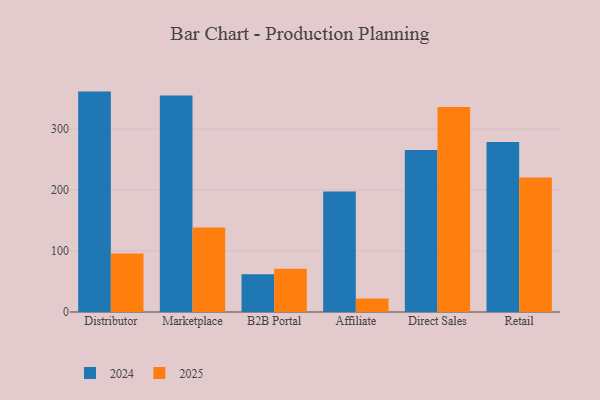
{"axis": {"x": "Channel", "y": "Customer Acquisition Cost (USD)"}, "legend": ["2024", "2025"], "data": [{"x": "Distributor", "y": 361.4, "type": "2024"}, {"x": "Distributor", "y": 96.1, "type": "2025"}, {"x": "Marketplace", "y": 355.2, "type": "2024"}, {"x": "Marketplace", "y": 138.5, "type": "2025"}, {"x": "B2B Portal", "y": 61.8, "type": "2024"}, {"x": "B2B Portal", "y": 71.1, "type": "2025"}, {"x": "Affiliate", "y": 197.5, "type": "2024"}, {"x": "Affiliate", "y": 22.2, "type": "2025"}, {"x": "Direct Sales", "y": 265.8, "type": "2024"}, {"x": "Direct Sales", "y": 336.3, "type": "2025"}, {"x": "Retail", "y": 278.8, "type": "2024"}, {"x": "Retail", "y": 220.4, "type": "2025"}]}